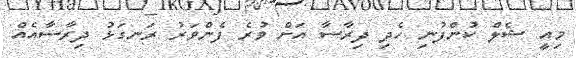
މިއީ ޝެލް ކުންފުނި ހެދި ދިރާސާ އަށް ވުރެ ފެންވަރު ރަނގަޅު ދިރާސާއެއް